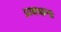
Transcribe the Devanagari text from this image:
प्रावधानः